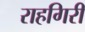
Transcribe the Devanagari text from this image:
राहगिरी